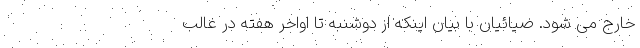
خارج می شود. ضیائیان با بیان اینکه از دوشنبه تا اواخر هفته در غالب